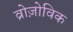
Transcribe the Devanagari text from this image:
व्रोज़ोविक